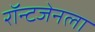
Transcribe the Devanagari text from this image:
रॉन्टजेनला